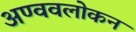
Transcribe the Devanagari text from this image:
अण्ववलोकन